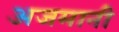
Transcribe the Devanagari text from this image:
अजमानी